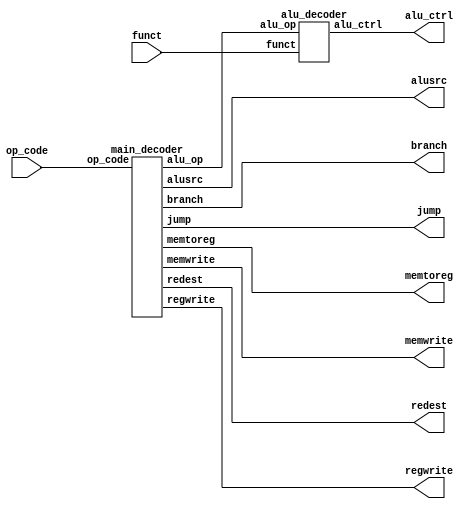
module ctrl_unit (input    [5:0] op_code, funct,
                  output   jump, memwrite, regwrite, redest, alusrc, memtoreg, branch,
					   output   [2:0] alu_ctrl);

wire [1:0] alu_op;						
main_decoder d1(op_code, jump, memwrite, regwrite, redest, alusrc, memtoreg, branch,alu_op);
alu_decoder  d2(alu_op, funct, alu_ctrl);
endmodule


module main_decoder (input  [5:0] op_code,
                    output  reg jump, memwrite, regwrite, redest, alusrc, memtoreg, branch,
						  output reg [1:0] alu_op);						  
always @(*) begin
       case(op_code)
            
				6'b100011: begin
				           jump     = 0;
							  alu_op   = 0;
							  memwrite = 0;
						     regwrite = 1'b1;
							  redest   = 0;
							  alusrc   = 1'b1;
							  memtoreg = 1'b1;
							  branch   = 0;
				end
				
				6'b101011: begin
				           jump     = 0;
							  alu_op   = 0;
							  memwrite = 1'b1;
							  regwrite = 0;
							  redest   = 0;
							  alusrc   = 1'b1;
							  memtoreg = 1'b1;
							  branch   = 0;
				end
				
				6'b000000: begin
				           jump     = 0;
							  alu_op   = 2'b10;
							  memwrite = 0;
							  regwrite = 1'b1;
							  redest   = 1'b1;
							  alusrc   = 0;
							  memtoreg = 0;
							  branch   = 0;
				end
				
				6'b001000: begin
				           jump     = 0;
							  alu_op   = 0;
							  memwrite = 0;
							  regwrite = 1'b1;
							  redest   = 0;
							  alusrc   = 1'b1;
							  memtoreg = 0;
							  branch   = 0;
				end
				
				6'b000100: begin
				           jump     = 0;
							  alu_op   = 2'b01;
							  memwrite = 0;
							  regwrite = 0;
							  redest   = 0;
							  alusrc   = 0;
							  memtoreg = 0;
							  branch   = 1'b1;
				end
				
				6'b000010: begin
				           jump     = 1'b1;
							  alu_op   = 0;
							  memwrite = 0;
							  regwrite = 0;
							  redest   = 0;
							  alusrc   = 0;
							  memtoreg = 0;
							  branch   = 0;
				end
				
				default: begin
				         jump     = 0;
							alu_op   = 0;
							memwrite = 0;
							regwrite = 0;
							redest   = 0;
							alusrc   = 0;
							memtoreg = 0;
							branch   = 0;
				end
       endcase
end
endmodule

module alu_decoder(input  [1:0] alu_op,
                   input  [5:0] funct,
						 output reg [2:0]alu_ctrl);
						 
always @(*)
begin
     case(alu_op)
	  
	       2'b00: alu_ctrl = 3'b010;
			       
			 2'b01: alu_ctrl = 3'b100;
			 
			 2'b10: begin
			        case(funct)
					       
							 6'b100000: alu_ctrl = 3'b010;
							 
							 6'b100010: alu_ctrl = 3'b100;
							 
							 6'b101010: alu_ctrl = 3'b110;
							 
							 6'b011100: alu_ctrl = 3'b101;
							 
							 default  : alu_ctrl = 3'b010;
					  endcase
			  end
			  
			 default: alu_ctrl = 3'b010;
	  endcase
end
endmodule